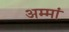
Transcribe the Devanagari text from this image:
अम्मां